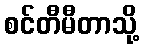
စင်တီမီတာသို့